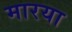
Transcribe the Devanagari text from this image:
मारया